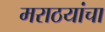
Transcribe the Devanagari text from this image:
मराठयांचा